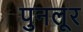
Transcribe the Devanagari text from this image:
पुनलूर